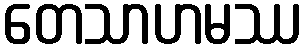
တေသာဟမဿ